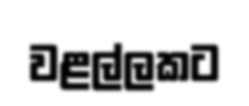
වළල්ලකට